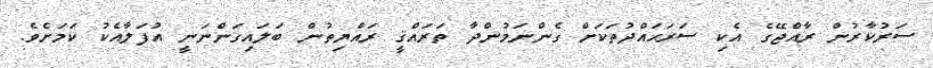
ސަރުކާރުން ރާއްޖޭގެ އެކި ސަރަޙައްދުތަކަށް ގެންނަމުންދާ ތަރައްޤީ ރައްޔިތުން ބަލައިގަންނަނީ އުފަލާއެކު ކަމަށެވެ.